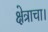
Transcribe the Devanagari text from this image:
क्षेत्राचा।